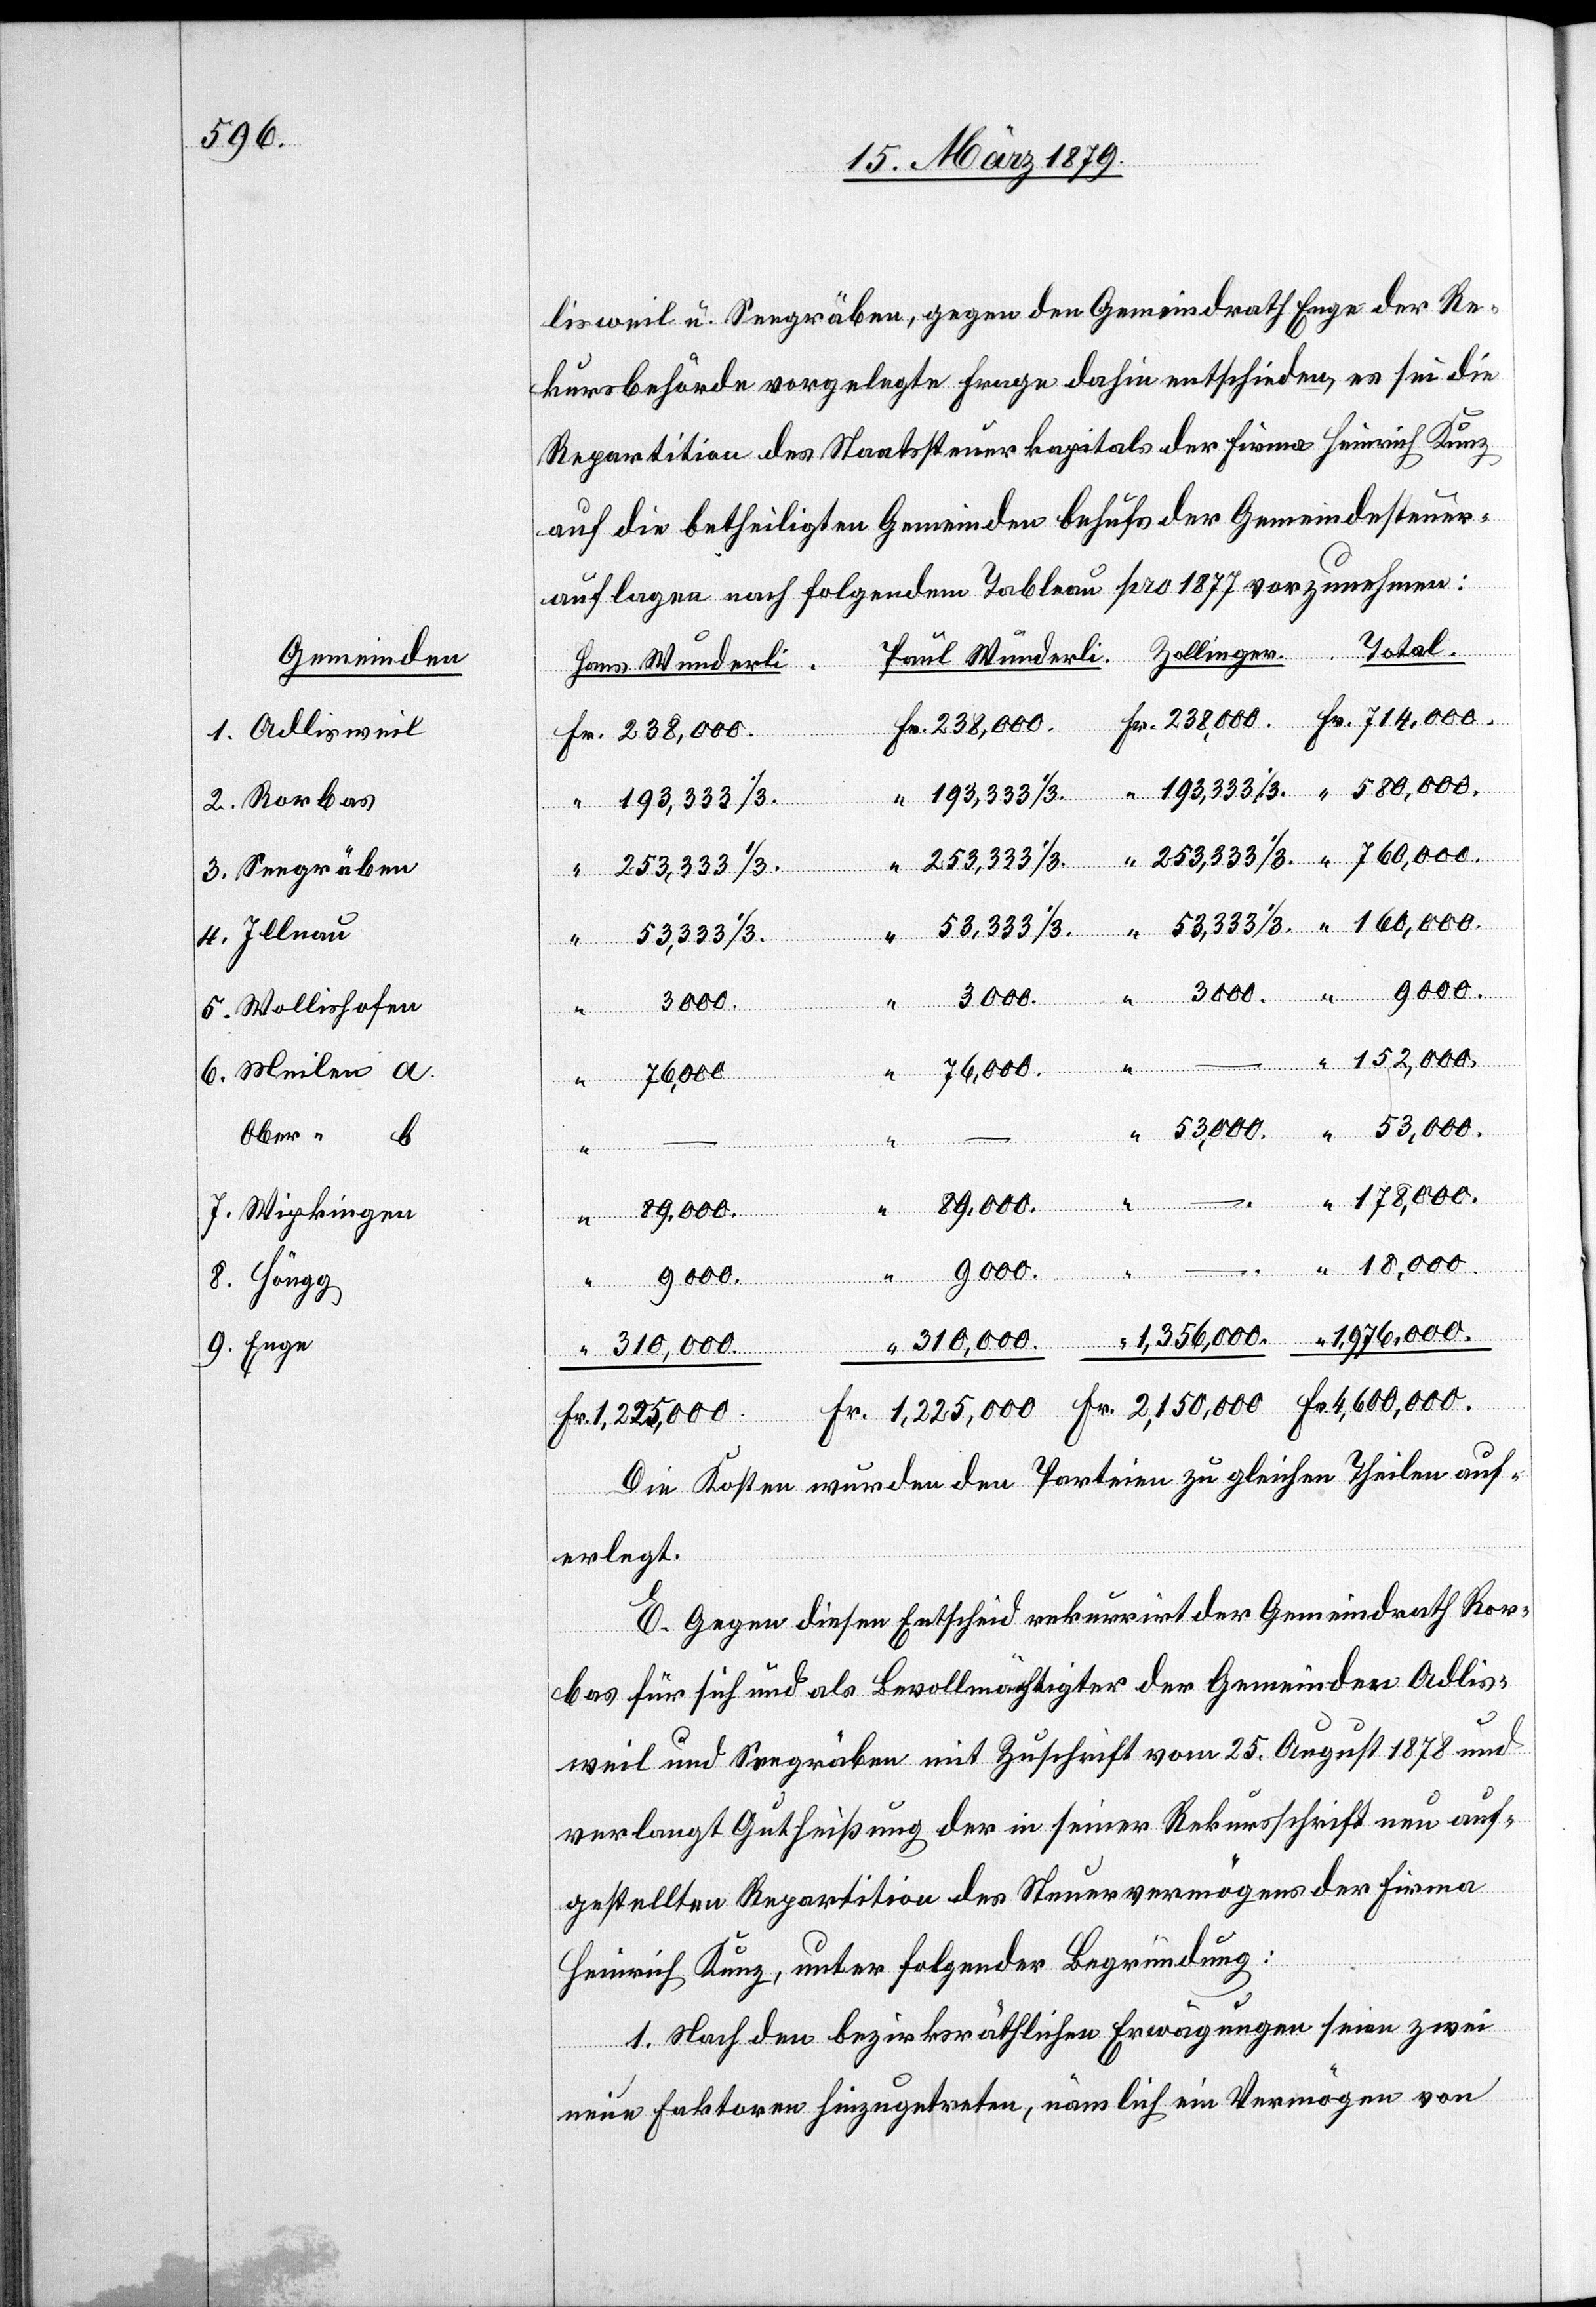
Gemeinden
1. Adlisweil
2. Rorbas
3. Seegräben
4. Illnau
5. Wollishofen
6. Meilen a
Ober “
7. Wipkingen
8. Höngg
9. Enge

lisweil u. Seegräben, gegen den Gemeindrath Enge der Re¬
kursbehörde vorgelegte Frage dahin entschieden, es sei die
Repartition des Staatssteuerkapitals der Firma Heinrich Kunz
auf die betheiligten Gemeinden behufs der Gemeindesteuer¬
nger.
auflagen nach folgendem Tableau pro 1877 vorzunehmen:
Paul Wunderli.
–
53,333 1/3.
4,600,000.
Fr.
Total.
1,976,000.
Fr.
89,000.
Die Kosten wurden den Parteien zu gleichen Theilen auf¬
erlegt.
E. Gegen diesen Entscheid rekurrirt der Gemeindrath Ror¬
bas für sich und als Bevollmächtigter der Gemeinden Adlis¬
weil und Seegräben mit Zuschrift vom 25. August 1878 und
verlangt Gutheißung der in seiner Rekursschrift neu auf¬
gestellten Repartition des Steuervermögens der Firma
Heinrich Kunz, unter folgender Begründung:
1. Nach den bezirksräthlichen Erwägungen seien zwei
neue Faktoren hinzugetreten, nämlich ein Vermögen von